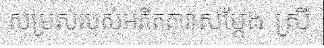
សម្រស់របស់អតីតតារាសម្តែង ស្រី